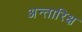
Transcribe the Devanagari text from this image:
अन्तारिक्ष